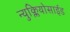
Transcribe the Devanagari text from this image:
न्युक्लियोसाईड